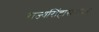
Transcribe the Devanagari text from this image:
राज्यसिंहासनावर